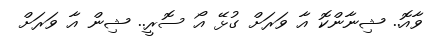
ވާއޮ.. ޝިނާންކޮ އާ ވަރަށް ގުޅޭ އޯ ސޮރީ.. ޝިން އާ ވަރަށް